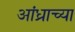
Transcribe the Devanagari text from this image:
आंध्राच्या